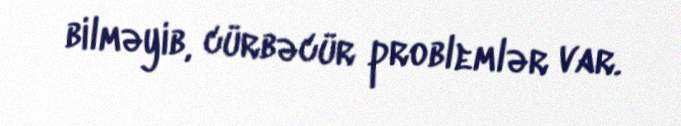
bilməyib, cürbəcür problemlər var.